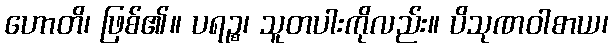
ဟောတိ၊ ဖြစ်၏။ ပရဉ္စ၊ သူတပါးကိုလည်း။ ပိသုဏဝါစာယ၊